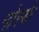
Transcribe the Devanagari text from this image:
नोस्के